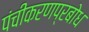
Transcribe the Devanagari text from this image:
पंचीकरणप्रबोध